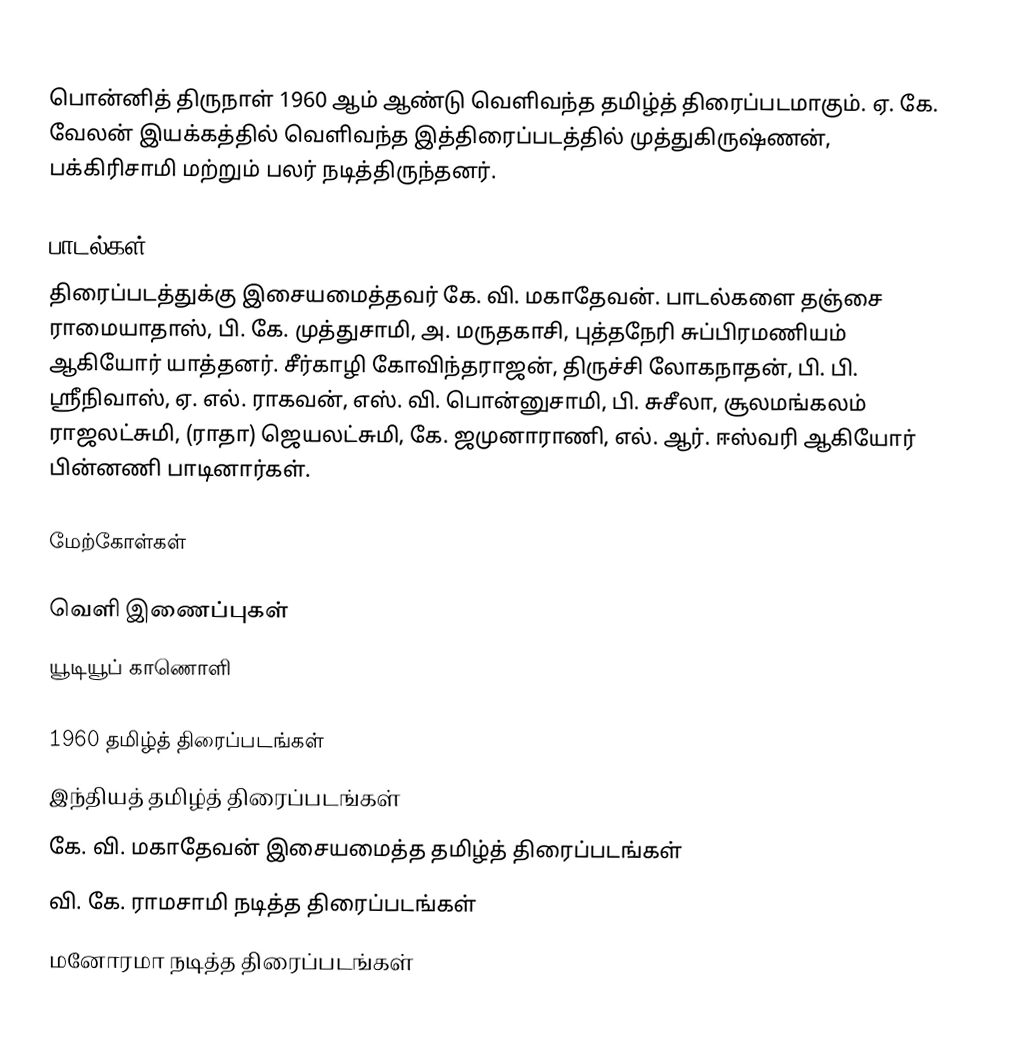
பொன்னித் திருநாள் 1960 ஆம் ஆண்டு வெளிவந்த தமிழ்த் திரைப்படமாகும். ஏ. கே. வேலன் இயக்கத்தில் வெளிவந்த இத்திரைப்படத்தில் முத்துகிருஷ்ணன், பக்கிரிசாமி மற்றும் பலர் நடித்திருந்தனர்.

பாடல்கள்
திரைப்படத்துக்கு இசையமைத்தவர் கே. வி. மகாதேவன். பாடல்களை தஞ்சை ராமையாதாஸ், பி. கே. முத்துசாமி, அ. மருதகாசி, புத்தநேரி சுப்பிரமணியம் ஆகியோர் யாத்தனர். சீர்காழி கோவிந்தராஜன், திருச்சி லோகநாதன், பி. பி. ஸ்ரீநிவாஸ், ஏ. எல். ராகவன், எஸ். வி. பொன்னுசாமி, பி. சுசீலா, சூலமங்கலம் ராஜலட்சுமி, (ராதா) ஜெயலட்சுமி, கே. ஜமுனாராணி, எல். ஆர். ஈஸ்வரி ஆகியோர் பின்னணி பாடினார்கள்.

மேற்கோள்கள்

வெளி இணைப்புகள்
 யூடியூப் காணொளி

1960 தமிழ்த் திரைப்படங்கள்
இந்தியத் தமிழ்த் திரைப்படங்கள்
கே. வி. மகாதேவன் இசையமைத்த தமிழ்த் திரைப்படங்கள்
வி. கே. ராமசாமி நடித்த திரைப்படங்கள்
மனோரமா நடித்த திரைப்படங்கள்